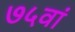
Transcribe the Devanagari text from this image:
७५वां